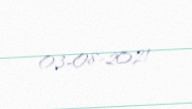
03-08-2021